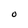
Character: O